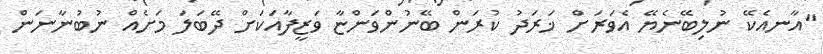
"އާނއެކޭ ނުލިބޭނެޔޭ އެވަރަށް ޚަރަދު ކުރަން ބޭނުންވަންޏާ ވަޒީފާއަކަށް ދޭބަލަ މަށެއް ނުބުނާނަން